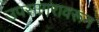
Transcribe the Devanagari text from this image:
उपसागरावरून